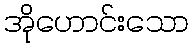
အိုဟောင်းသော